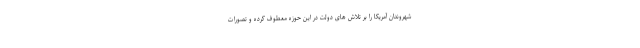
شهروندان آمریکا را بر تلاش های دولت در این حوزه معطوف کرده و تصورات